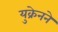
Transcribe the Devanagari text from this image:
युक्रेनने